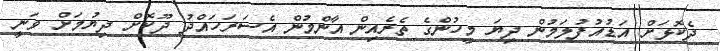
ދެކޮޅަށް އަޑުއުފުލަމުން ދިޔަ މީހުންގެ ތެރެއިން އާންމުން އެސަރަހައްދު ދޫކޮށް ދިޔުމަށް ވަނީ